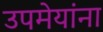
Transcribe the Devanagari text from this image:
उपमेयांना